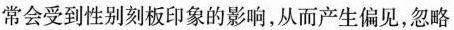
常会受到性别刻板印象的影响，从而产生偏见，忽略